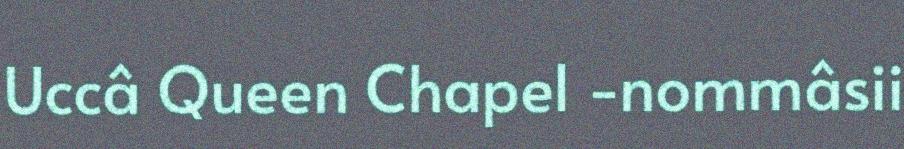
Uccâ Queen Chapel -nommâsii